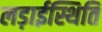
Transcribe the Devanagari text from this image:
लड़ाईस्थिति